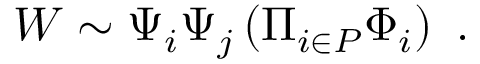
W \sim \Psi _ { i } \Psi _ { j } \left( \Pi _ { i \in P } \Phi _ { i } \right) \ .